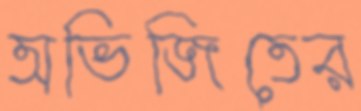
অভিজিতের